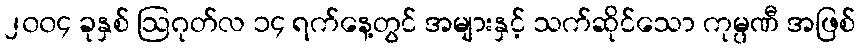
၂၀၀၄ ခုနှစ် ဩဂုတ်လ ၁၄ ရက်နေ့တွင် အများနှင့် သက်ဆိုင်သော ကုမ္ပဏီ အဖြစ်